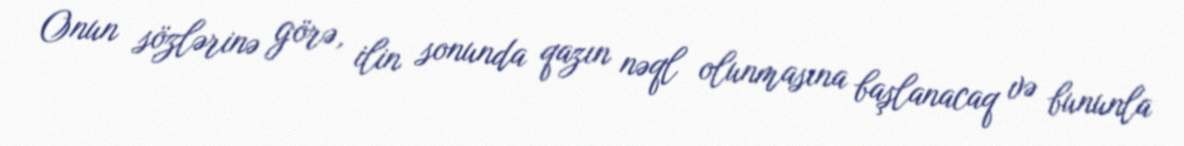
Onun sözlərinə görə, ilin sonunda qazın nəql olunmasına başlanacaq və bununla